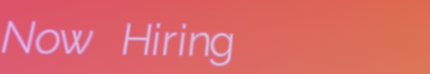
Now Hiring